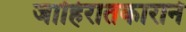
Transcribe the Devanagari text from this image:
जाहिरातकाराने